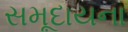
સમૂદાયના